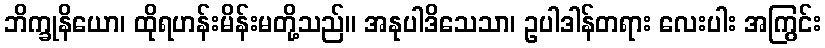
ဘိက္ခုနိယော၊ ထိုရဟန်းမိန်းမတို့သည်။ အနုပါဒိသေသာ၊ ဥပါဒါန်တရား လေးပါး အကြွင်း